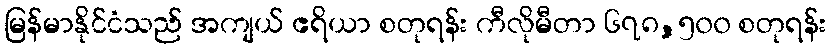
မြန်မာနိုင်ငံသည် အကျယ် ဧရိယာ စတုရန်း ကီလိုမီတာ ၆၇၈,၅၀၀ စတုရန်း